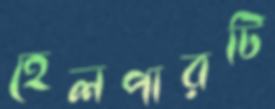
হেলপারটি